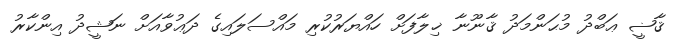
ޤާޟީ ޢަބްދު މުޙަންމަދު ޤާނޫނާ ޚިލާފަށް ހައްޔަރުކުރި މައްސަލައިގެ ދަޢުވާއަށް ނަޝީދު އިންކާރު